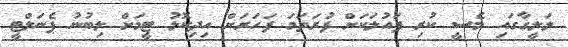
ލަލީގާގައި މެސީ ކުރި ފައުލަކަށް ފުރަތަމަ ފަހަރަށް އިދިކޮޅު ޓީމަށް ލިބުނު ޕެނަލްޓީ